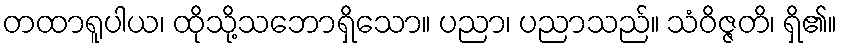
တထာရူပါယ၊ ထိုသို့သဘောရှိသော။ ပညာ၊ ပညာသည်။ သံဝိဇ္ဇတိ၊ ရှိ၏။